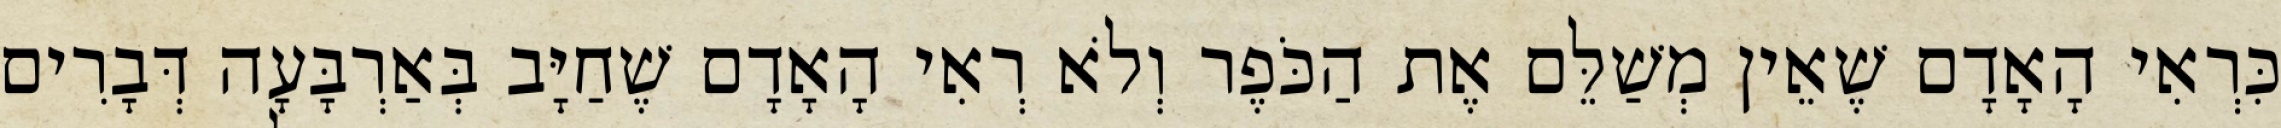
כִּרְאִי הָאָדָם שֶׁאֵין מְשַׁלֵּם אֶת הַכֹּפֶר וְלֹא רְאִי הָאָדָם שֶׁחַיָּב בְּאַרְבָּעָה דְּבָרִים